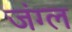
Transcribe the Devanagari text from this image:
जंग्ल